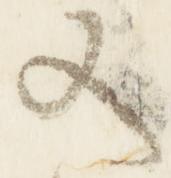
又